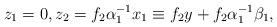
LaTeX: \begin{align*}z_{1}=0,z_{2}=f_{2}\alpha_{1}^{-1}x_{1}\equiv f_{2}y+f_{2}\alpha_{1}^{-1}\beta_{1},\end{align*}